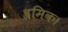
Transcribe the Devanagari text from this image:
श्रमिक।